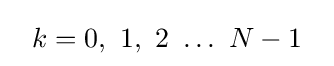
~~k=0,\ 1,\ 2\ \ldots \ N-1~~